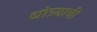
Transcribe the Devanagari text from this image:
धोत्र्याची